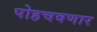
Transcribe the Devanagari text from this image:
पोहचवणार